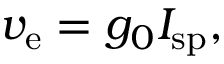
v _ { \mathrm { e } } = g _ { 0 } I _ { \mathrm { s p } } ,